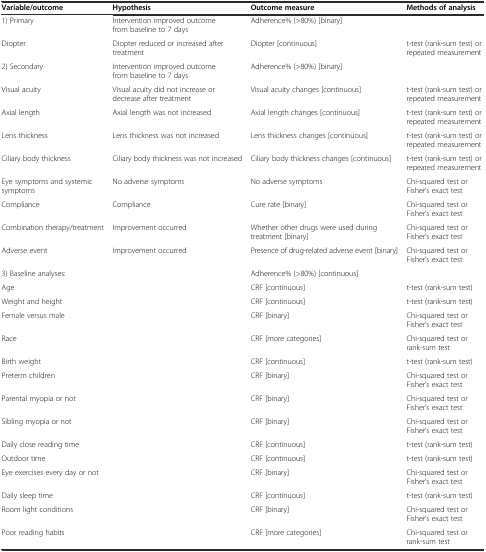
| Variable/outcome | Hypothesis | Outcome measure | Methods of analysis |
 | --- | --- | --- | --- |
 | 1) Primary | Intervention improved outcome from baseline to 7 days | Adherence% (>80%) [binary] |  |
 | Diopter | Diopter reduced or increased after treatment | Diopter [continuous] | t-test (rank-sum test) or repeated measurement |
 | 2) Secondary | Intervention improved outcome from baseline to 7 days | Adherence% (>80%) [binary] |  |
 | Visual acuity | Visual acuity did not increase or decrease after treatment | Visual acuity changes [continuous] | t-test (rank-sum test) or repeated measurement |
 | Axial length | Axial length was not increased | Axial length changes [continuous] | t-test (rank-sum test) or repeated measurement |
 | Lens thickness | Lens thickness was not increased | Lens thickness changes [continuous] | t-test (rank-sum test) or repeated measurement |
 | Ciliary body thickness | Ciliary body thickness was not increased | Ciliary body thickness changes [continuous] | t-test (rank-sum test) or repeated measurement |
 | Eye symptoms and systemic symptoms | No adverse symptoms | No adverse symptoms | Chi-squared test or Fisher’s exact test |
 | Compliance | Compliance | Cure rate [binary] | Chi-squared test or Fisher’s exact test |
 | Combination therapy/treatment | Improvement occurred | Whether other drugs were used during treatment [binary] | Chi-squared test or Fisher’s exact test |
 | Adverse event | Improvement occurred | Presence of drug-related adverse event [binary] | Chi-squared test or Fisher’s exact test |
 | 3) Baseline analyses: |  | Adherence% (>80%) [continuous] |  |
 | Age |  | CRF [continuous] | t-test (rank-sum test) |
 | Weight and height |  | CRF [continuous] | t-test (rank-sum test) |
 | Female versus male |  | CRF [binary] | Chi-squared test or Fisher’s exact test |
 | Race |  | CRF [more categories] | Chi-squared test or rank-sum test |
 | Birth weight |  | CRF [continuous] | t-test (rank-sum test) |
 | Preterm children |  | CRF [binary] | Chi-squared test or Fisher’s exact test |
 | Parental myopia or not |  | CRF [binary] | Chi-squared test or Fisher’s exact test |
 | Sibling myopia or not |  | CRF [binary] | Chi-squared test or Fisher’s exact test |
 | Daily close reading time |  | CRF [continuous] | t-test (rank-sum test) |
 | Outdoor time |  | CRF [continuous] | t-test (rank-sum test) |
 | Eye exercises every day or not |  | CRF [binary] | Chi-squared test or Fisher’s exact test |
 | Daily sleep time |  | CRF [continuous] | t-test (rank-sum test) |
 | Room light conditions |  | CRF [binary] | Chi-squared test or Fisher’s exact test |
 | Poor reading habits |  | CRF [more categories] | Chi-squared test or rank-sum test |